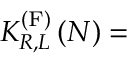
K _ { R , L } ^ { \left( \mathrm { F } \right) } \left( N \right) =